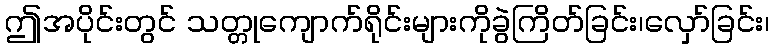
ဤအပိုင်းတွင် သတ္တုကျောက်ရိုင်းများကိုခွဲကြိတ်ခြင်း၊လှော်ခြင်း၊